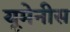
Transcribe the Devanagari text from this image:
यूमेनीस